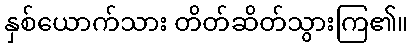
နှစ်ယောက်သား တိတ်ဆိတ်သွားကြ၏။